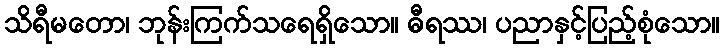
သိရီမတော၊ ဘုန်းကြက်သရေရှိသော။ ဓီရဿ၊ ပညာနှင့်ပြည့်စုံသော။